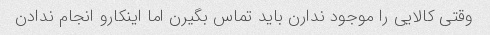
وقتی کالایی را موجود ندارن باید تماس بگیرن اما اینکارو انجام ندادن